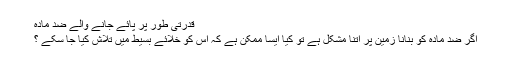
قدرتی طور پر پائے جانے والے ضد مادّہ
اگر ضد مادّہ کو بنانا زمین پر اتنا مشکل ہے تو کیا ایسا ممکن ہے کہ اس کو خلائے بسیط میں تلاش کیا جا سکے ؟